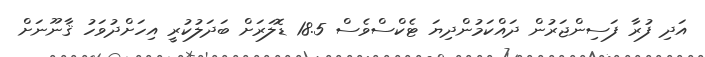
އަދި ފުރާ ފަސިންޖަރުން ދައްކަމުންދިޔަ ޓެކްސްވެސް 18.5 ޑޮލަރަށް ބަދަލުކުރީ އިހަށްދުވަހު ޤާނޫނަށް